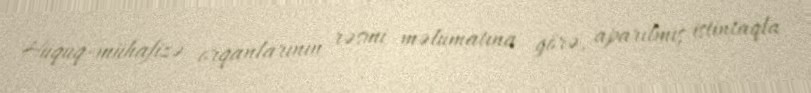
Hüquq-mühafizə orqanlarının rəsmi məlumatına görə, aparılmış istintaqla